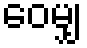
ဝေမျှ